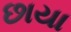
છાયા